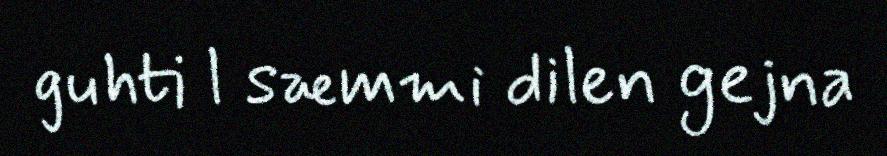
guhti l sæmmi dilen gejna